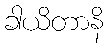
ခါယိတာနိ